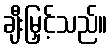
ချီးမြှင့်သည်။